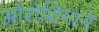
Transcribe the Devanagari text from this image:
ओरोशिगाने